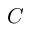
C